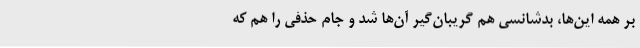
بر همه این‌ها، بدشانسی هم گریبان‌گیر آن‌ها شد و جام حذفی را هم که